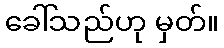
ခေါ်သည်ဟု မှတ်။